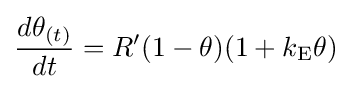
{\frac {d\theta _{(t)}}{dt}}=R'(1-\theta )(1+k_{\text{E}}\theta )